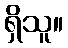
ရှိသူ။